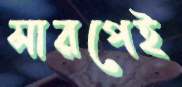
সারপেই